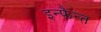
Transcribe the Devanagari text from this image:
इन्फैन्त